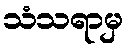
သံသရာမှ